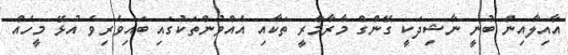
އާއިލާއިން ބުނީ ނާޝިދަކީ ގޭންގް މާރާމާރީ ތަކާއި އެއްވުންތަކުގައި ބައިވެރިވެ އުޅޭ މީހެއް